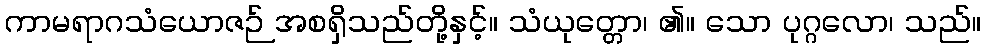
ကာမရာဂသံယောဇဉ် အစရှိသည်တို့နှင့်။ သံယုတ္တော၊ ၏။ သော ပုဂ္ဂလော၊ သည်။